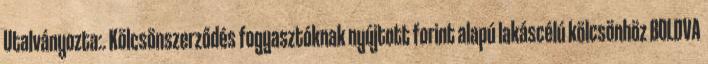
Utalványozta:. Kölcsönszerződés fogyasztóknak nyújtott forint alapú lakáscélú kölcsönhöz BOLDVA